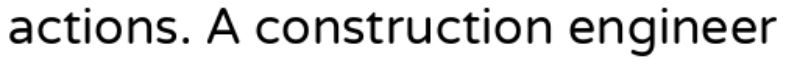
actions. A construction engineer